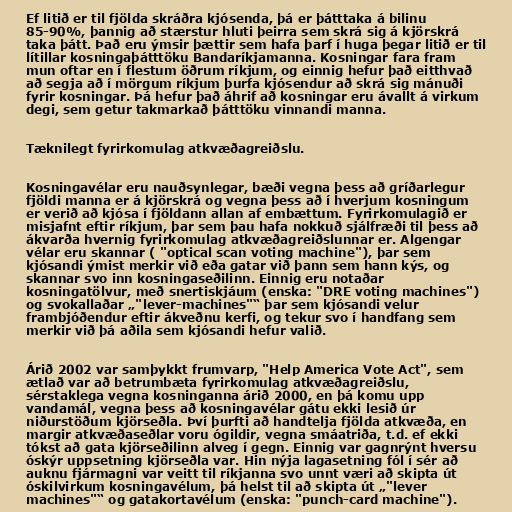
Ef litið er til fjölda skráðra kjósenda, þá er þátttaka á bilinu
85-90%, þannig að stærstur hluti þeirra sem skrá sig á kjörskrá
taka þátt. Það eru ýmsir þættir sem hafa þarf í huga þegar litið er til
lítillar kosningaþátttöku Bandaríkjamanna. Kosningar fara fram
mun oftar en í flestum öðrum ríkjum, og einnig hefur það eitthvað
að segja að í mörgum ríkjum þurfa kjósendur að skrá sig mánuði
fyrir kosningar. Þá hefur það áhrif að kosningar eru ávallt á virkum
degi, sem getur takmarkað þátttöku vinnandi manna.

Tæknilegt fyrirkomulag atkvæðagreiðslu.

Kosningavélar eru nauðsynlegar, bæði vegna þess að gríðarlegur
fjöldi manna er á kjörskrá og vegna þess að í hverjum kosningum
er verið að kjósa í fjöldann allan af embættum. Fyrirkomulagið er
misjafnt eftir ríkjum, þar sem þau hafa nokkuð sjálfræði til þess að
ákvarða hvernig fyrirkomulag atkvæðagreiðslunnar er. Algengar
vélar eru skannar ( "optical scan voting machine"), þar sem
kjósandi ýmist merkir við eða gatar við þann sem hann kýs, og
skannar svo inn kosningaseðilinn. Einnig eru notaðar
kosningatölvur, með snertiskjáum (enska: "DRE voting machines")
og svokallaðar „"lever-machines"“ þar sem kjósandi velur
frambjóðendur eftir ákveðnu kerfi, og tekur svo í handfang sem
merkir við þá aðila sem kjósandi hefur valið.

Árið 2002 var samþykkt frumvarp, "Help America Vote Act", sem
ætlað var að betrumbæta fyrirkomulag atkvæðagreiðslu,
sérstaklega vegna kosninganna árið 2000, en þá komu upp
vandamál, vegna þess að kosningavélar gátu ekki lesið úr
niðurstöðum kjörseðla. Því þurfti að handtelja fjölda atkvæða, en
margir atkvæðaseðlar voru ógildir, vegna smáatriða, t.d. ef ekki
tókst að gata kjörseðilinn alveg í gegn. Einnig var gagnrýnt hversu
óskýr uppsetning kjörseðla var. Hin nýja lagasetning fól í sér að
auknu fjármagni var veitt til ríkjanna svo unnt væri að skipta út
óskilvirkum kosningavélum, þá helst til að skipta út „"lever
machines"“ og gatakortavélum (enska: "punch-card machine").